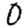
Digit: 0